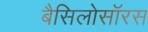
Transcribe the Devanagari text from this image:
बैसिलोसॉरस